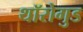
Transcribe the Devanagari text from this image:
थॉरोगुड